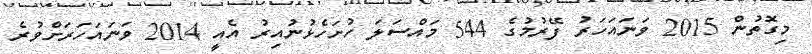
މިގޮތުން 2015 ވަނައަހަރު ފޭރުމުގެ 544 މައްސަލަ ހުށަހެޅުނުއިރު އެއީ 2014 ވަނައަހަރަށްވުރެ